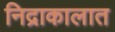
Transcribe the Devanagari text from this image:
निद्राकालात